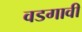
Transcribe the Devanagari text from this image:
वडगावी